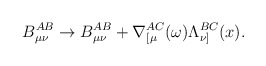
\begin{align*}B_{\mu\nu}^{AB} \rightarrow B_{\mu\nu}^{AB} +\nabla_{[\mu}^{AC}(\omega)\Lambda_{\nu]}^{BC}(x) . \end{align*}